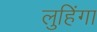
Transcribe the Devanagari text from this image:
लुहिंगा